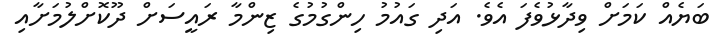
ބަޔެއް ކަމަށް ވިދާޅުވެފަ އެވެ. އަދި ގައުމު ހިންގުމުގެ ޒިންމާ ރައީސަށް ދޫކޮށްލުމަށާއި